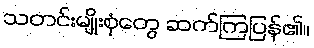
သတင်းမျိုးစုံတွေ ဆက်ကြပြန်၏။